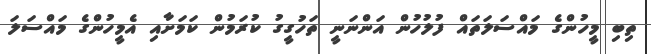
ތިބި މީހުންގެ މައްސަލަތައް ފުލުހުން އަންނަނީ ތަހުގީގު ކުރަމުން ކަމަށާއި އެމީހުންގެ މައްސަލަ